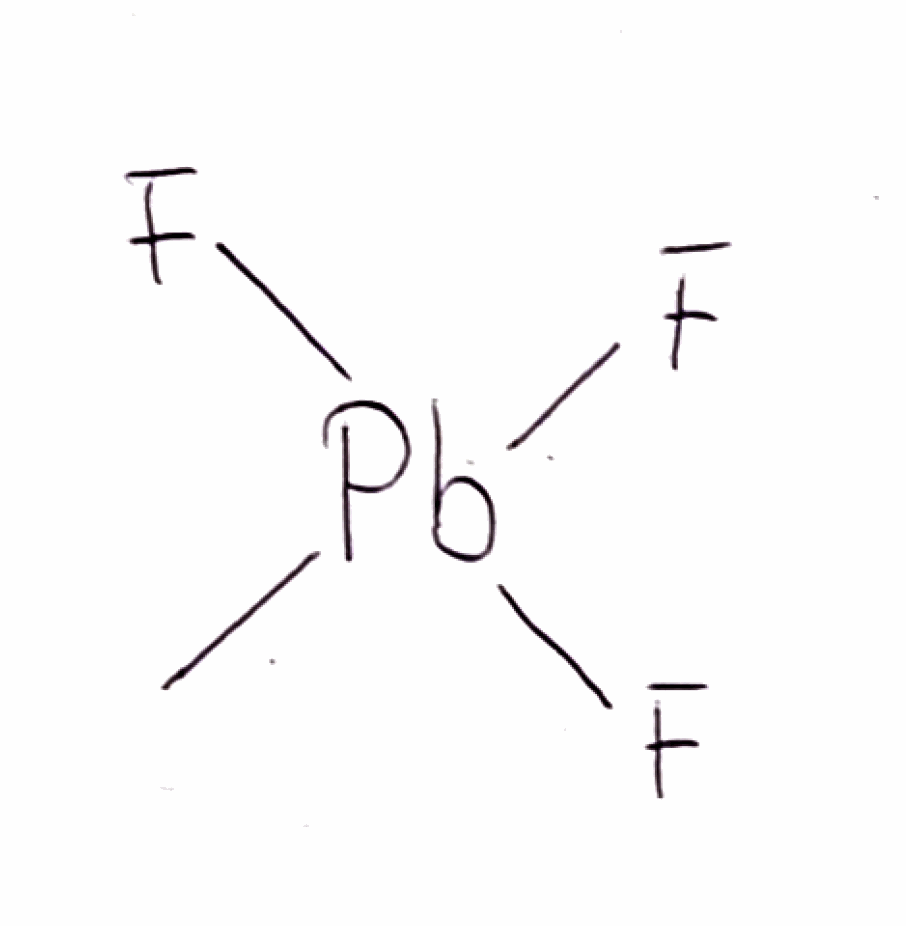
Simplified molecular-input line-entry system (SMILES) notation of the given molecule:
C[Pb](F)(F)F